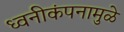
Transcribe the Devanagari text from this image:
ध्वनीकंपनामुळे